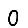
Digit: 0